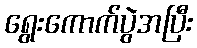
ရွေးကောက်ပွဲအပြီး